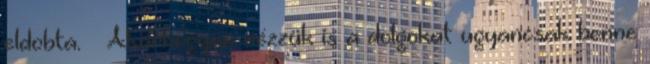
eldobta. – Akárhogyan nézzük is a dolgokat ugyancsak benne